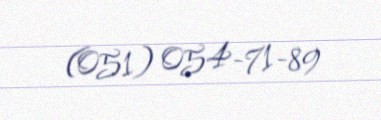
(051) 054-71-89